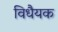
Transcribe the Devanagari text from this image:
विधैयक